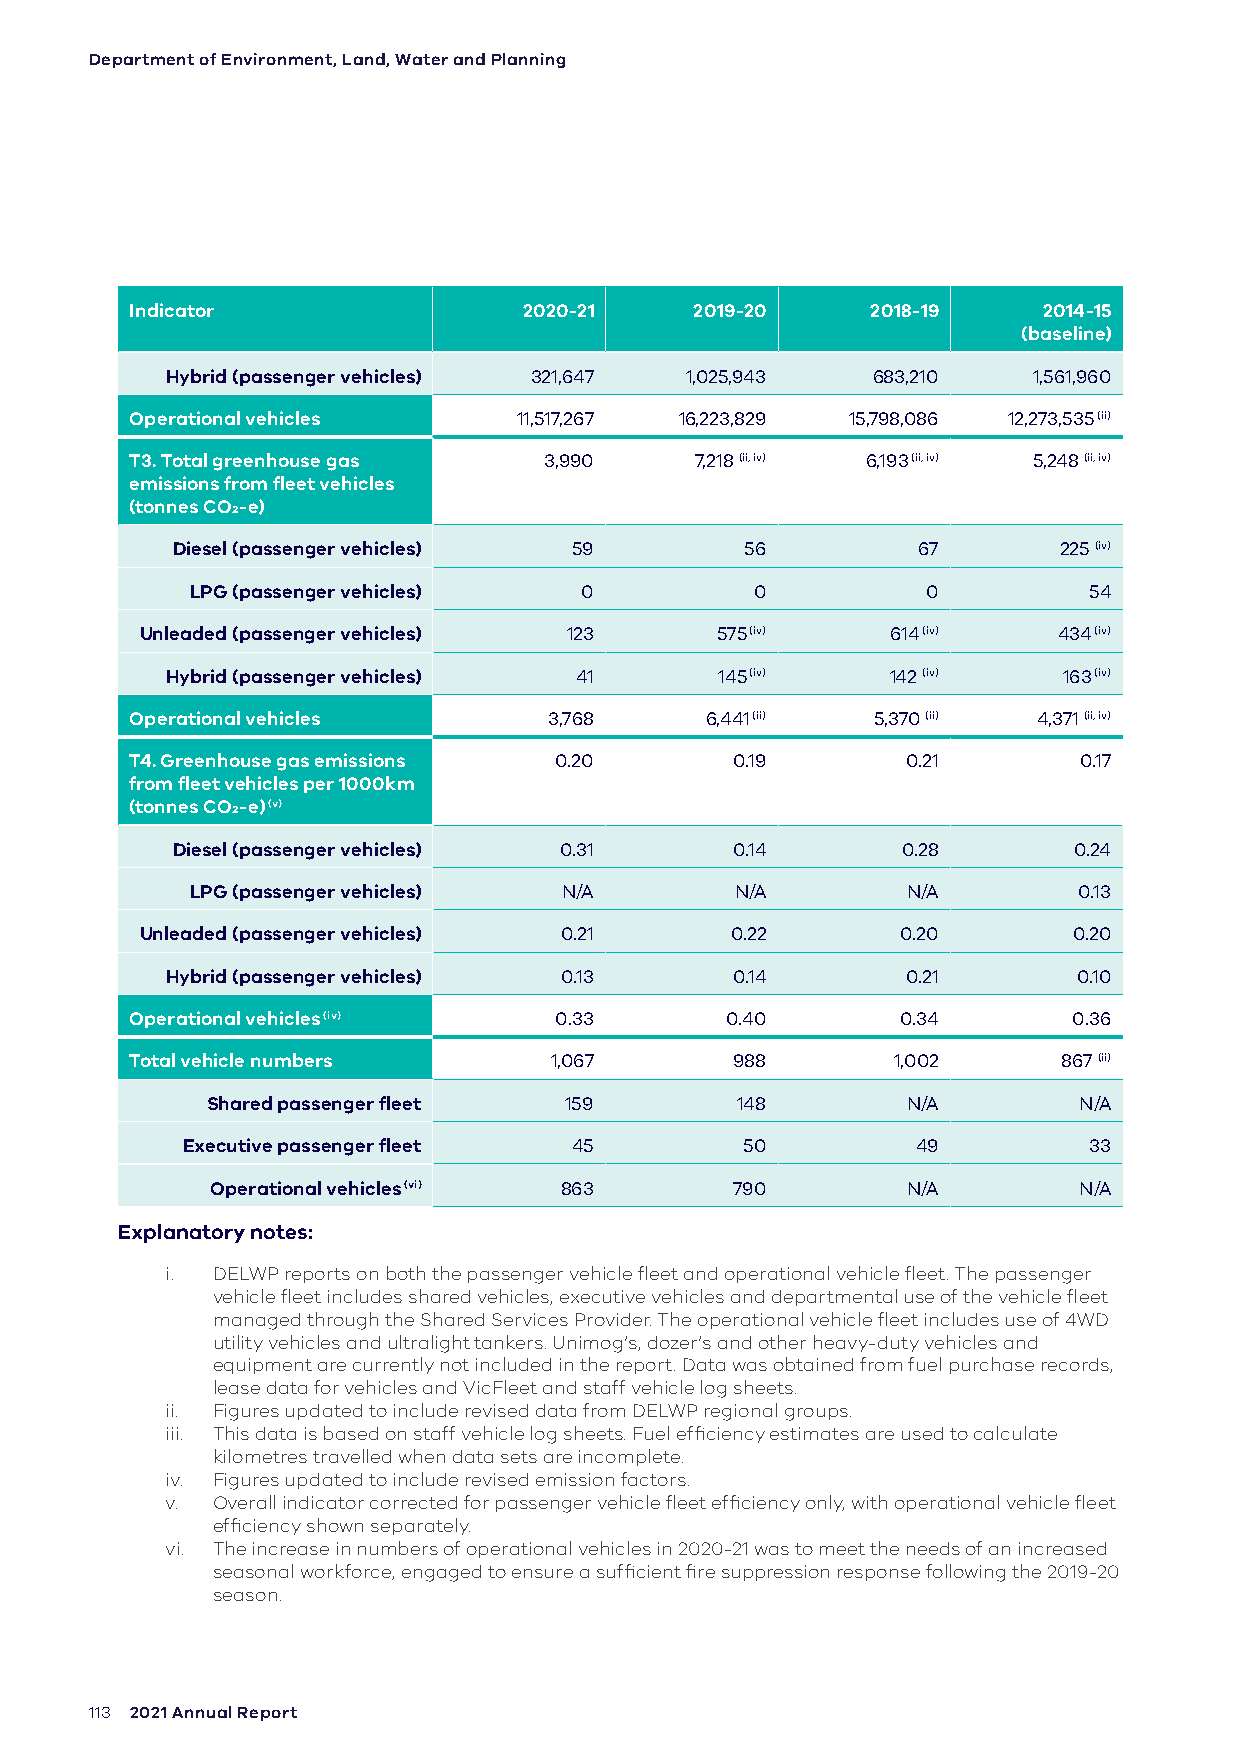
Department of Environment, Land, Water and Planning
 Indicator                 2020-21    2019-20     2018-19    2014-15
 (baseline)
 Hybrid (passenger vehicles) 321,647 1,025,943  683,210   1,561,960
 Operational vehicles     11,517,267 16,223,829 15,798,086 12,273,535 (ii)
 T3. Total greenhouse gas   3,990     7,218 (ii, iv) 6,193 (ii, iv) 5,248 (ii, iv)
 emissions from fleet vehicles
 (tonnes CO2-e)
 Diesel (passenger vehicles) 59        56          67       225 (iv)
 LPG (passenger vehicles) 0           0          0          54
 Unleaded (passenger vehicles) 123     575 (iv)    614 (iv)   434 (iv)
 Hybrid (passenger vehicles) 41       145 (iv)   142 (iv)   163 (iv)
 Operational vehicles       3,768      6,441 (ii) 5,370 (ii) 4,371 (ii, iv)
 T4. Greenhouse gas emissions 0.20       0.19       0.21       0.17
 from fleet vehicles per 1000km
 (tonnes CO2-e) (v)
 Diesel (passenger vehicles) 0.31     0.14        0.28       0.24
 LPG (passenger vehicles) N/A        N/A        N/A        0.13
 Unleaded (passenger vehicles) 0.21     0.22        0.20       0.20
 Hybrid (passenger vehicles) 0.13     0.14        0.21       0.10
 Operational vehicles (iv)   0.33       0.40        0.34       0.36
 Total vehicle numbers      1,067        988       1,002      867 (ii)
 Shared passenger fleet 159         148        N/A        N/A
 Executive passenger fleet 45         50          49         33
 Operational vehicles (vi) 863      790        N/A        N/A
 Explanatory notes:
 i. DELWP reports on both the passenger vehicle fleet and operational vehicle fleet. The passenger
 vehicle fleet includes shared vehicles, executive vehicles and departmental use of the vehicle fleet
 managed through the Shared Services Provider. The operational vehicle fleet includes use of 4WD
 utility vehicles and ultralight tankers. Unimog’s, dozer’s and other heavy-duty vehicles and
 equipment are currently not included in the report. Data was obtained from fuel purchase records,
 lease data for vehicles and VicFleet and staff vehicle log sheets.
 ii. Figures updated to include revised data from DELWP regional groups.
 iii. This data is based on staff vehicle log sheets. Fuel efficiency estimates are used to calculate
 kilometres travelled when data sets are incomplete.
 iv. Figures updated to include revised emission factors.
 v. Overall indicator corrected for passenger vehicle fleet efficiency only, with operational vehicle fleet
 efficiency shown separately.
 vi. The increase in numbers of operational vehicles in 2020-21 was to meet the needs of an increased
 seasonal workforce, engaged to ensure a sufficient fire suppression response following the 2019-20
 season.
 113 2021 Annual Report